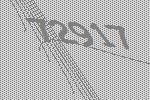
72917